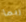
ربما